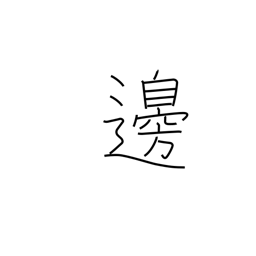
Meaning: margin